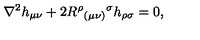
\nabla ^ { 2 } h _ { \mu \nu } + 2 R ^ { \rho } { } _ { ( \mu \nu ) } { } ^ { \sigma } h _ { \rho \sigma } = 0 ,